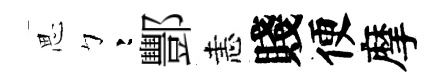
思彎酆恚賤便摩